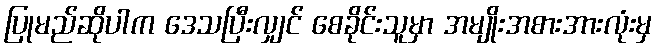
ပြုမည်ဆိုပါက ဒေသပြီးလျှင် စေခိုင်းသူမှာ အမျိုးအစားအားလုံးမှ